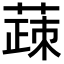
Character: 𬝸